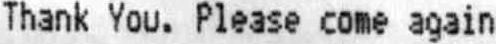
THANK YOU. PLEASE COME AGAIN